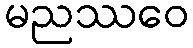
မညဿဝေ